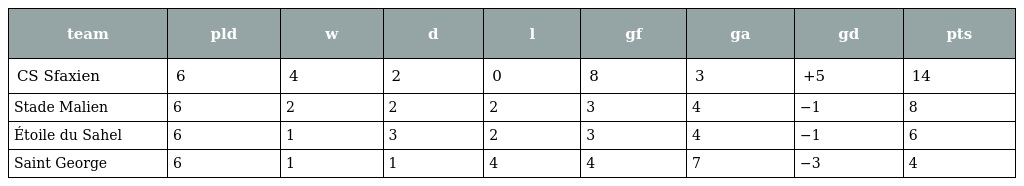
| team | pld | w | d | l | gf | ga | gd | pts |
 | --- | --- | --- | --- | --- | --- | --- | --- | --- |
 | CS Sfaxien | 6 | 4 | 2 | 0 | 8 | 3 | +5 | 14 |
 | Stade Malien | 6 | 2 | 2 | 2 | 3 | 4 | −1 | 8 |
 | Étoile du Sahel | 6 | 1 | 3 | 2 | 3 | 4 | −1 | 6 |
 | Saint George | 6 | 1 | 1 | 4 | 4 | 7 | −3 | 4 |